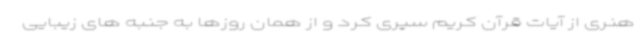
هنری از آیات قرآن کریم سپری کرد و از همان روزها به جنبه های زیبایی